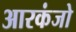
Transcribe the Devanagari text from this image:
आरकंजो